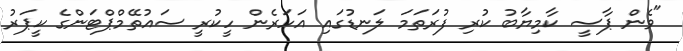
"ވެން ޕާސީ ކާމިޔާބު ކުރި ފުރަތަމަ ލަނޑުގައި އަހަރެން ހީކުރީ ސައުތޭމްޕްޓަންގެ ކީޕަރު